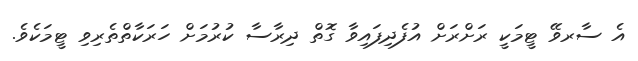
އެ ސާރވޭ ޓީމަކީ ރަށްރަށް އުފެދިފައިވާ ގޮތް ދިރާސާ ކުރުމަށް ހަރަކާތްތެރިވި ޓީމަކެވެ.